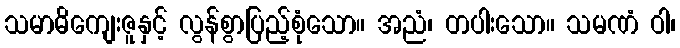
သမာဓိကျေးဇူနှင့် လွန်စွာပြည့်စုံသော။ အညံ၊ တပါးသော။ သမဏံ ဝါ၊